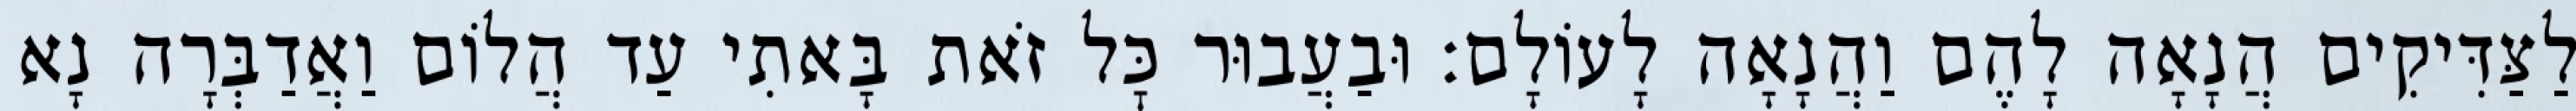
לַצַּדִּיקִים הֲנָאָה לָהֶם וַהֲנָאָה לָעוֹלָם: וּבַעֲבוּר כׇּל זֹאת בָּאתִי עַד הֲלוֹם וַאֲדַבְּרָה נָא